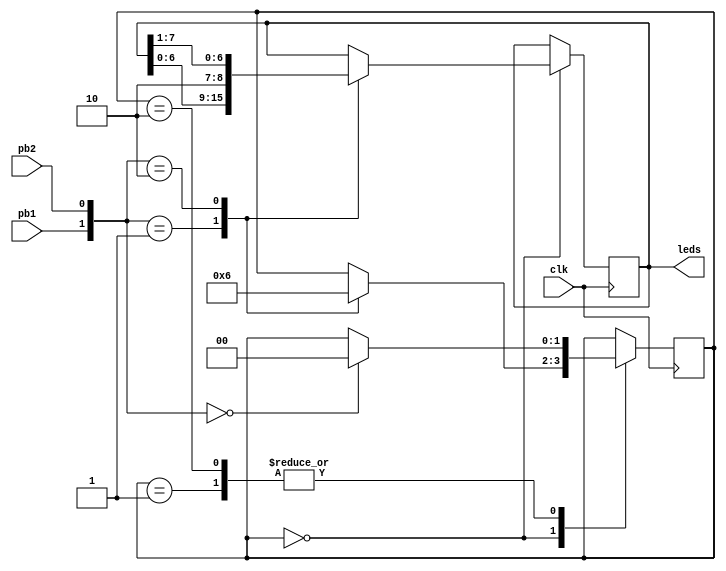
module clock_ex2(leds, pb1, pb2, clk);

input clk;
input pb1, pb2;
output reg [7:0] leds;
reg [1:0] state;
wire [1:0] buttons;
//reg [25:0] clock2;

assign buttons = {pb1, pb2};

always @(posedge clk)
	//clock2 <= clock2+1;

//always @(posedge clock2[24])
begin
	/*if(buttons == 2'b10)
		leds <= {leds[6:0], 1'b1};
	else if (buttons == 2'b01)
		leds <= {1'b0, leds[7:1]};*/
		
		case(state)
			
			2'b00:
				begin
					case(buttons)
						2'b01:
							begin
								state <= 2'b01;
								leds <= {leds[6:0], 1'b1};
							end
						2'b10:
							begin
								state <= 2'b10;
								leds <= {1'b0, leds[7:1]};
							end
						
					endcase
				 end
			
			2'b01:
				begin
					if (buttons == 2'b00)
						state <= 2'b00;
				end
			
			2'b10:
				begin
					if (buttons == 2'b00)
						state <= 2'b00;
				end
			
		endcase
end
		

initial
	begin
	leds  = 8'b111;
	state = 2'b00;
	end

endmodule